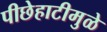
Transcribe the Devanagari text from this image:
पीछेहाटीमुळे